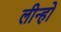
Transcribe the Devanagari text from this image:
लीन्‍हो